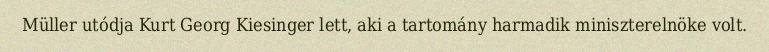
Müller utódja Kurt Georg Kiesinger lett, aki a tartomány harmadik miniszterelnöke volt.